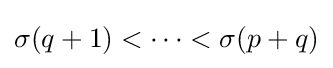
\sigma (q+1)<\cdots <\sigma (p+q)